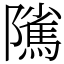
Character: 隲